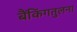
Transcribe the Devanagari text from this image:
बैंकिंगतुलना